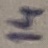
Text: 14